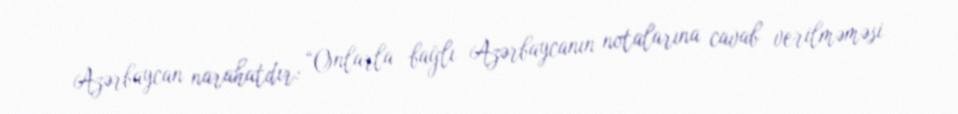
Azərbaycan narahatdır: “Onlarla bağlı Azərbaycanın notalarına cavab verilməməsi